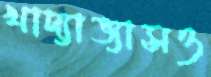
খাদ্যাভ্যাসও